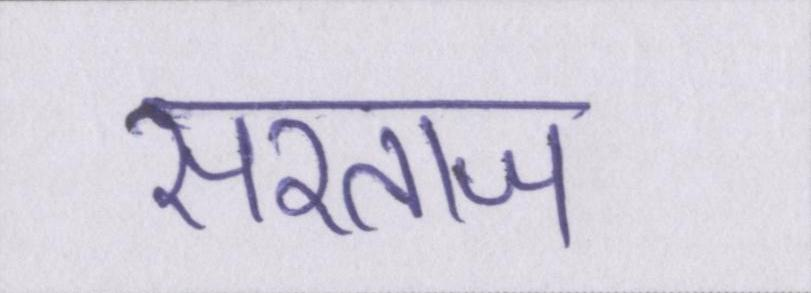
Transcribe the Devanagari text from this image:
सरताज